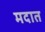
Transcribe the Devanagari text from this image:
मदात